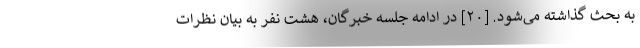
به بحث گذاشته می‌شود. [۲۰] در ادامه جلسه خبرگان، هشت نفر به بیان نظرات